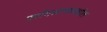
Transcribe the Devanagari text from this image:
फ्लॅगस्टाफमधील